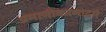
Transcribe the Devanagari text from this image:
प्रमाणीकरणाद्वारे